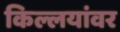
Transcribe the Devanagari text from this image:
किल्लयांवर